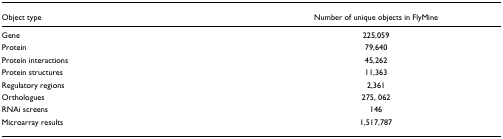
<table><thead><tr><td><b>Object type</b></td><td><b>Number of unique objects in FlyMine</b></td></tr></thead><tbody><tr><td>Gene</td><td>225,059</td></tr><tr><td>Protein</td><td>79,640</td></tr><tr><td>Protein interactions</td><td>45,262</td></tr><tr><td>Protein structures</td><td>11,363</td></tr><tr><td>Regulatory regions</td><td>2,361</td></tr><tr><td>Orthologues</td><td>275, 062</td></tr><tr><td>RNAi screens</td><td>146</td></tr><tr><td>Microarray results</td><td>1,517,787</td></tr></tbody></table>